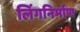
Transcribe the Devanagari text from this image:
लिंगनिर्माण